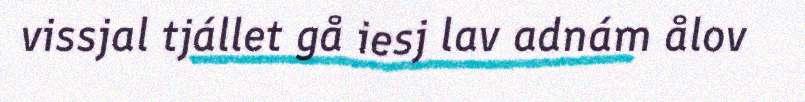
vissjal tjállet gå iesj lav adnám ålov